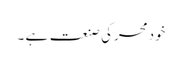
خودمحرکی صنعت ہے ۔